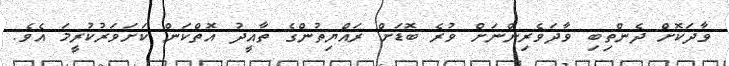
ވާދަކޮށް ދެންތިބި ވާދަވެރިންނަށް ވުރެ ބޮޑަށް ރައްޔިތުންގެ ތާއީދު އޮތްކަން ކަށަވަރުކުރީމަ އެވެ.